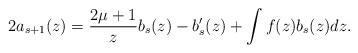
LaTeX: \begin{align*}2a_{s+1}(z)=\frac{2\mu+1}{z}b_s(z)-b_s'(z)+\int f(z)b_s(z) dz .\end{align*}